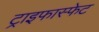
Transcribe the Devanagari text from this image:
ट्राइफास्फेट